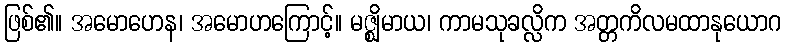
ဖြစ်၏။ အမောဟေန၊ အမောဟကြောင့်။ မဇ္ဈိမာယ၊ ကာမသုခလ္လိက အတ္တကိလမထာနုယောဂ